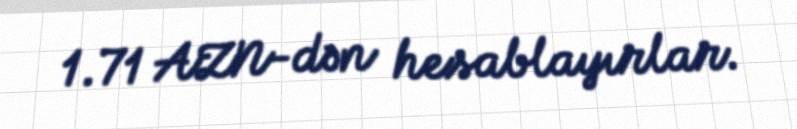
1.71 AZN-dən hesablayırlar.